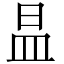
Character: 昷